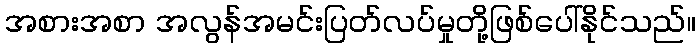
အစားအစာ အလွန်အမင်းပြတ်လပ်မှုတို့ဖြစ်ပေါ်နိုင်သည်။